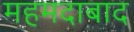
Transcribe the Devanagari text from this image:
महमदाबाद